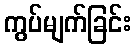
ကွပ်မျက်ခြင်း